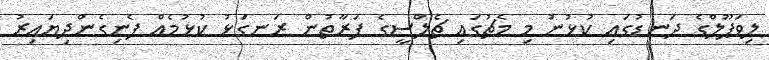
ލިވަޕޫލްގެ ދަނޑުގައި ކުޅުނު މި މެޗުގައި ޗެލްސީގެ ފަރާތުން ރަނގަޅު ކުޅުމެއް ފެނިގެންދިޔައިރު